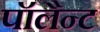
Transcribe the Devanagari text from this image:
पॉलैन्ट